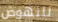
للنهوض